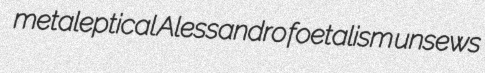
metaleptical Alessandro foetalism unsews